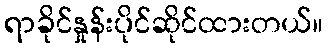
ရာခိုင်နှုန်းပိုင်ဆိုင်ထားတယ်။